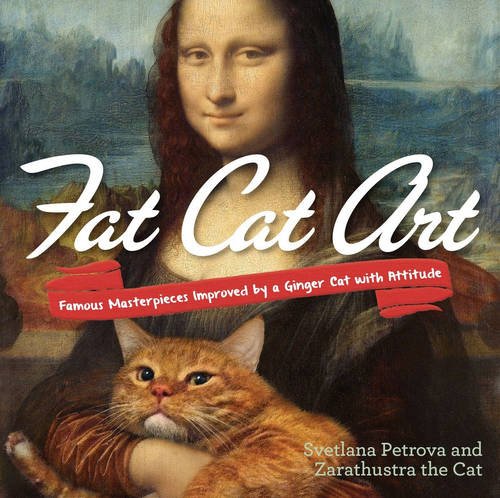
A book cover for Fat Cat Art: Famous Masterpieces Improved by a Ginger Cat with Attitude; Svetlana Petrova; Humor & Entertainment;